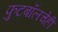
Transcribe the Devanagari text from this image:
फुटबॉलचेही